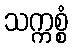
သက္ကစ္စံ